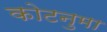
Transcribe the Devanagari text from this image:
कोटनुमा